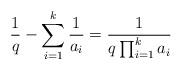
LaTeX: \begin{align*}\frac{1}{q} - \sum_{i=1}^k \frac{1}{a_i} = \frac{1}{q\prod_{i=1}^k a_i} \end{align*}